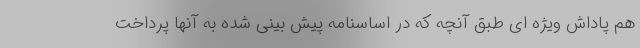
هم پاداش ویژه ای طبق آنچه که در اساسنامه پیش بینی شده به آنها پرداخت